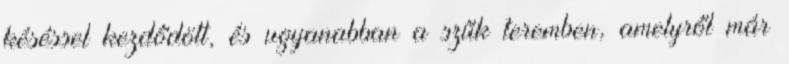
késéssel kezdődött, és ugyanabban a szűk teremben, amelyről már